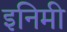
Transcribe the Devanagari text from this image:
इनिमी